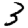
Digit: 3